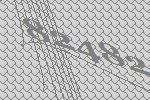
82482